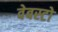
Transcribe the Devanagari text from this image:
वेबस्टो